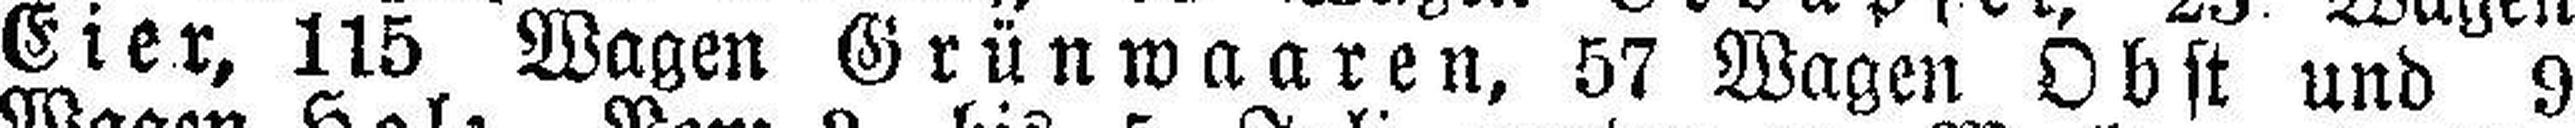
Eier, 115 Wagen Grünwaaren, 57 Wagen Obst und 9